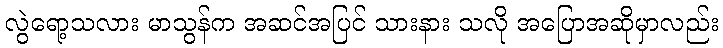
လွဲရော့သလား မာသွန်က အဆင်အပြင် သားနား သလို အပြောအဆိုမှာလည်း